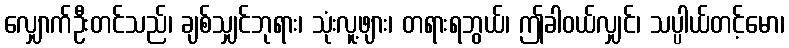
လျှောက်ဦးတင်သည်၊ ချစ်သျှင်ဘုရား၊ သုံးလူ့ဖျား၊ တရားရဘွယ်၊ ဤခါဝယ်လျှင်၊ သပ္ပါယ်တင့်မော၊